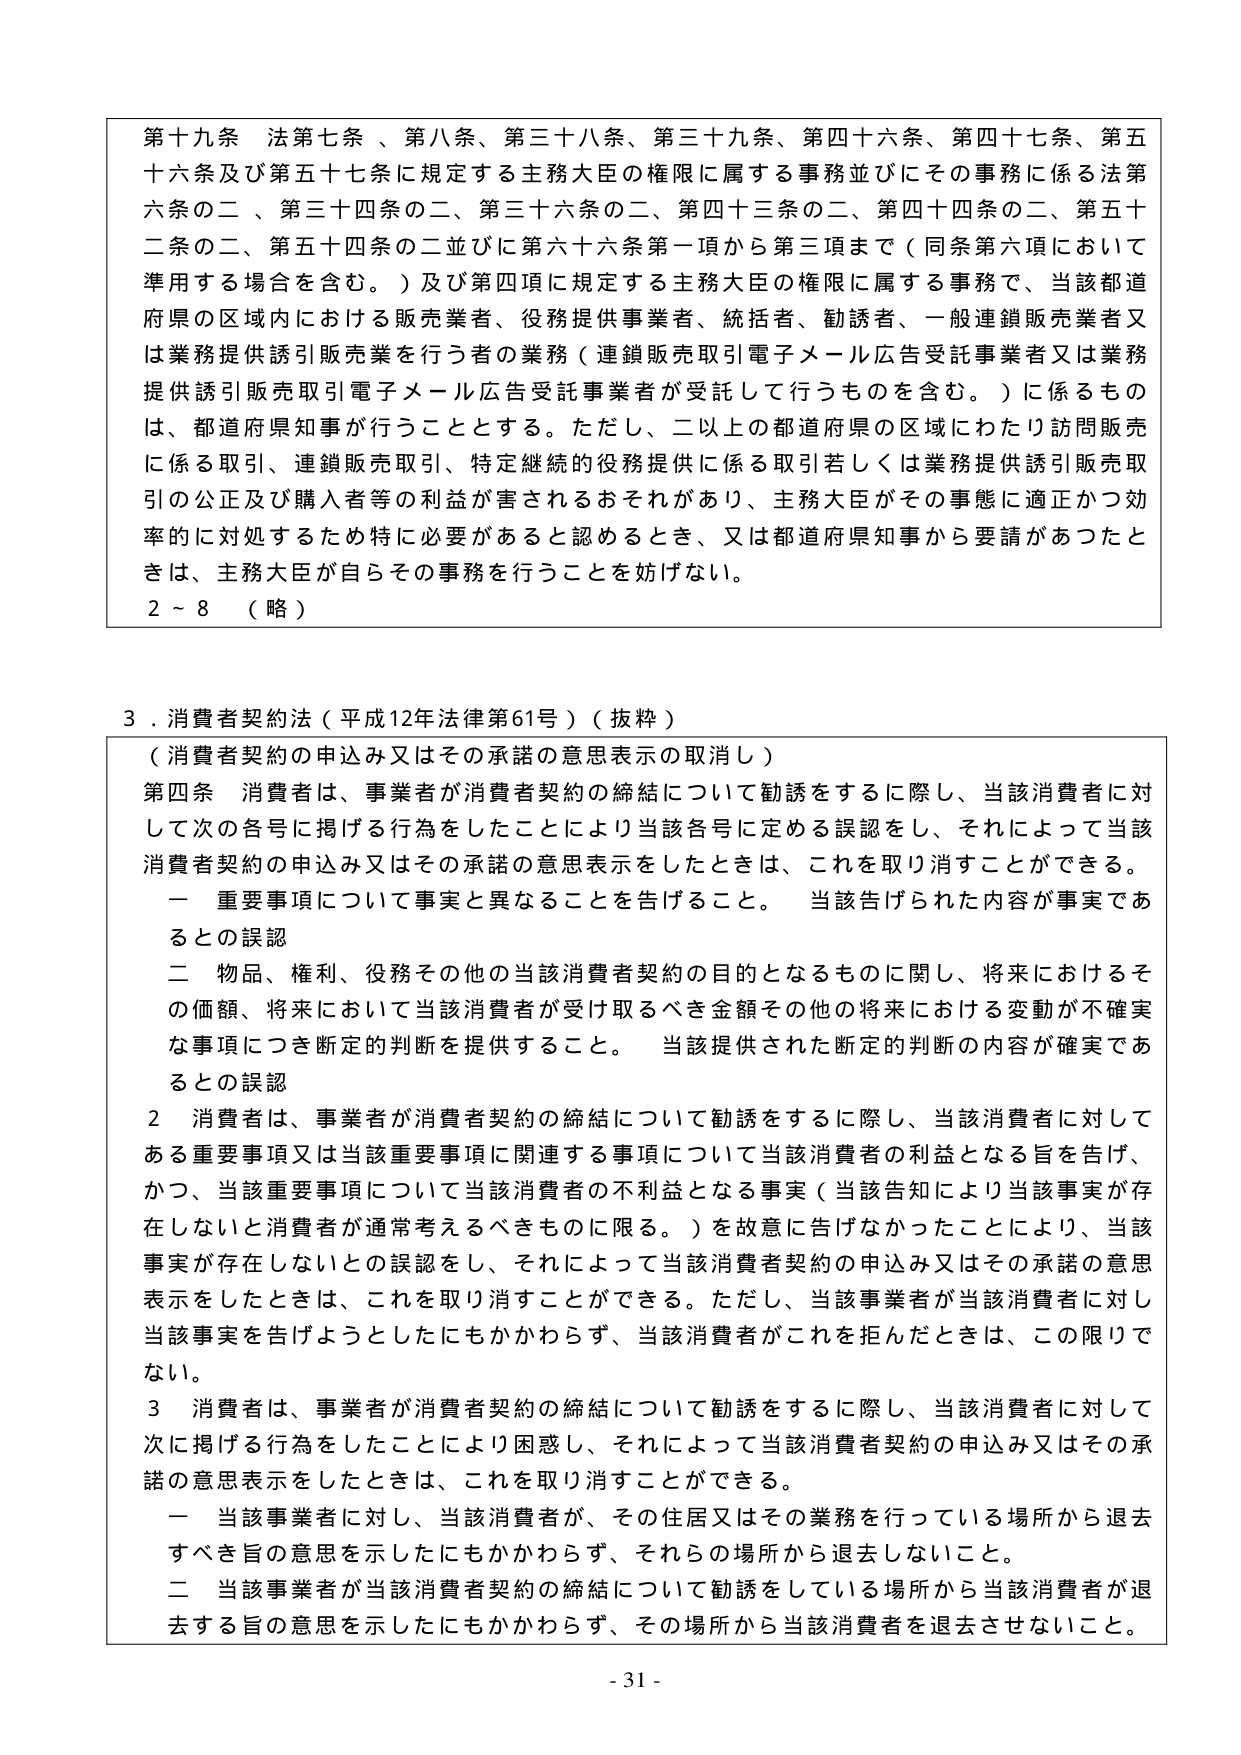
第十九条 法第七条、第八条、第三十八条、第三十九条、第四十六条、第四十七条、第五十六条及び第五十七条に規定する主務大臣の権限に属する事務並びにその事務に係る法第六条の二、第三十四条の二、第三十六条の二、第四十三条の二、第四十四条の二、第五十二条の二、第五十四条の二並びに第六十六条第一項から第三項まで（同条第六項において準用する場合を含む。）及び第四項に規定する主務大臣の権限に属する事務で、当該都道府県の区域内における販売業者、役務提供事業者、統括者、勧誘者、一般連鎖販売業者又は業務提供誘引販売業を行う者の業務（連鎖販売取引電子メール広告受託事業者又は業務提供誘引販売取引電子メール広告受託事業者が受託して行うものを含む。）に係るものは、都道府県知事が行うこととする。ただし、二以上の都道府県の区域にわたり訪問販売に係る取引、連鎖販売取引、特定継続的役務提供に係る取引若しくは業務提供誘引販売取引の公正及び購入者等の利益が害されるおそれがあり、主務大臣がその事態に適正かつ効率的に対処するため特に必要があると認めるとき、又は都道府県知事から要請があつたときは、主務大臣が自らその事務を行うことを妨げない。

2～8 （略）

3．消費者契約法（平成12年法律第61号）（抜粋）

（消費者契約の申込み又はその承諾の意思表示の取消し）

第四条 消費者は、事業者が消費者契約の締結について勧誘をするに際し、当該消費者に対して次の各号に掲げる行為をしたことにより当該各号に定める誤認をし、それによって当該消費者契約の申込み又はその承諾の意思表示をしたときは、これを取り消すことができる。

一 重要事項について事実と異なることを告げること。 当該告げられた内容が事実であるとの誤認

二 物品、権利、役務その他の当該消費者契約の目的となるものに関し、将来におけるその価額、将来において当該消費者が受け取るべき金額その他の将来における変動が不確実な事項につき断定的判断を提供すること。 当該提供された断定的判断の内容が確実であるとの誤認

2 消費者は、事業者が消費者契約の締結について勧誘をするに際し、当該消費者に対してある重要事項又は当該重要事項に関連する事項について当該消費者の利益となる旨を告げ、かつ、当該重要事項について当該消費者の不利益となる事実（当該告知により当該事実が存在しないと消費者が通常考えるべきものに限る。）を故意に告げなかったことにより、当該事実が存在しないとの誤認をし、それによって当該消費者契約の申込み又はその承諾の意思表示をしたときは、これを取り消すことができる。ただし、当該事業者が当該消費者に対し当該事実を告げようとしたにもかかわらず、当該消費者がこれを拒んだときは、この限りでない。

3 消費者は、事業者が消費者契約の締結について勧誘をするに際し、当該消費者に対して次に掲げる行為をしたことにより困惑し、それによって当該消費者契約の申込み又はその承諾の意思表示をしたときは、これを取り消すことができる。

一 当該事業者に対し、当該消費者が、その住居又はその業務を行っている場所から退去すべき旨の意思を示したにもかかわらず、それらの場所から退去しないこと。

二 当該事業者が当該消費者契約の締結について勧誘をしている場所から当該消費者が退去する旨の意思を示したにもかかわらず、その場所から当該消費者を退去させないこと。

- 31 -